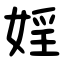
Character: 婬